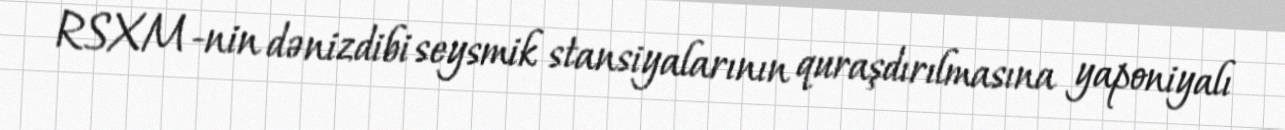
RSXM-nin dənizdibi seysmik stansiyalarının quraşdırılmasına yaponiyalı